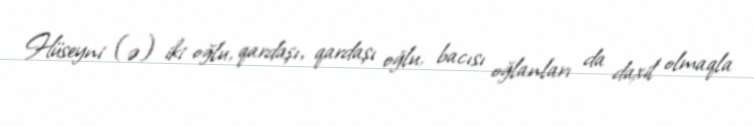
Hüseyni (ə) iki oğlu, qardaşı, qardaşı oğlu, bacısı oğlanları da daxil olmaqla